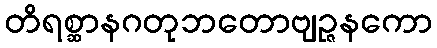
တိရစ္ဆာနဂတုဘတောဗျဉ္ဇနကော